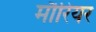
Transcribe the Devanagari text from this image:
मौरियर